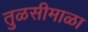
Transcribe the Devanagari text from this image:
तुळसीमाळा